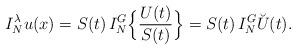
LaTeX: \begin{align*}I_{N}^{\lambda}u(x)=S(t)\, I_{N}^{G}\Big\{\frac{U(t)}{S(t)}\Big\}=S(t)\, I_{N}^{G} \breve U(t).\end{align*}